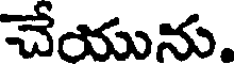
చేయును.